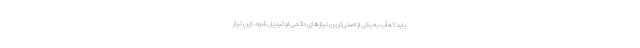
یابد که آب به یکی از اصلی‌ترین نیازهای دائمی او تبدیل شود. این نیاز